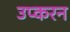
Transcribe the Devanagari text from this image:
उप्करन